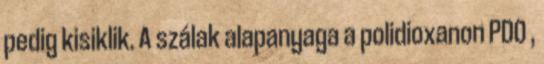
pedig kisiklik. A szálak alapanyaga a polidioxanon PDO ,